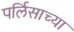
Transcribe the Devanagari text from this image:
पर्लिसाच्या